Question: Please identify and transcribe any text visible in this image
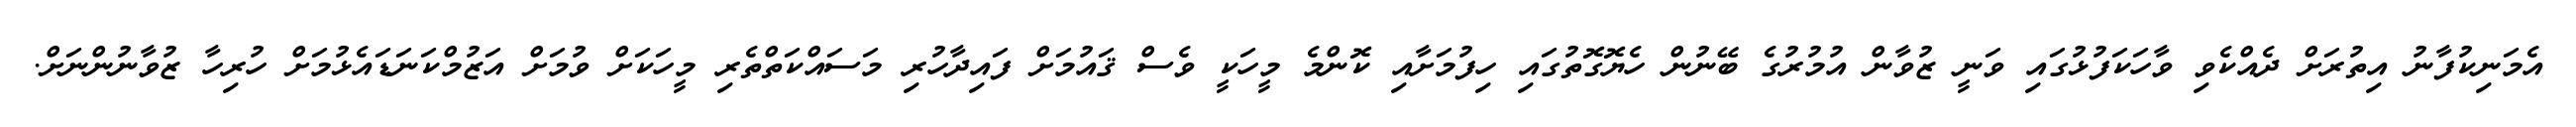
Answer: އެމަނިކުފާނު އިތުރަށް ދެއްކެވި ވާހަކަފުޅުގައި ވަނީ ޒުވާން އުމުރުގެ ބޭނުން ހެޔޮގޮތުގައި ހިފުމަށާއި ކޮންމެ މީހަކީ ވެސް ޤައުމަށް ފައިދާހުރި މަސައްކަތްތެރި މީހަކަށް ވުމަށް އަޒުމްކަނަޑައެޅުމަށް ހުރިހާ ޒުވާނުންނަށް.